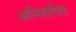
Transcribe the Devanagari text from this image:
अनिरूपित